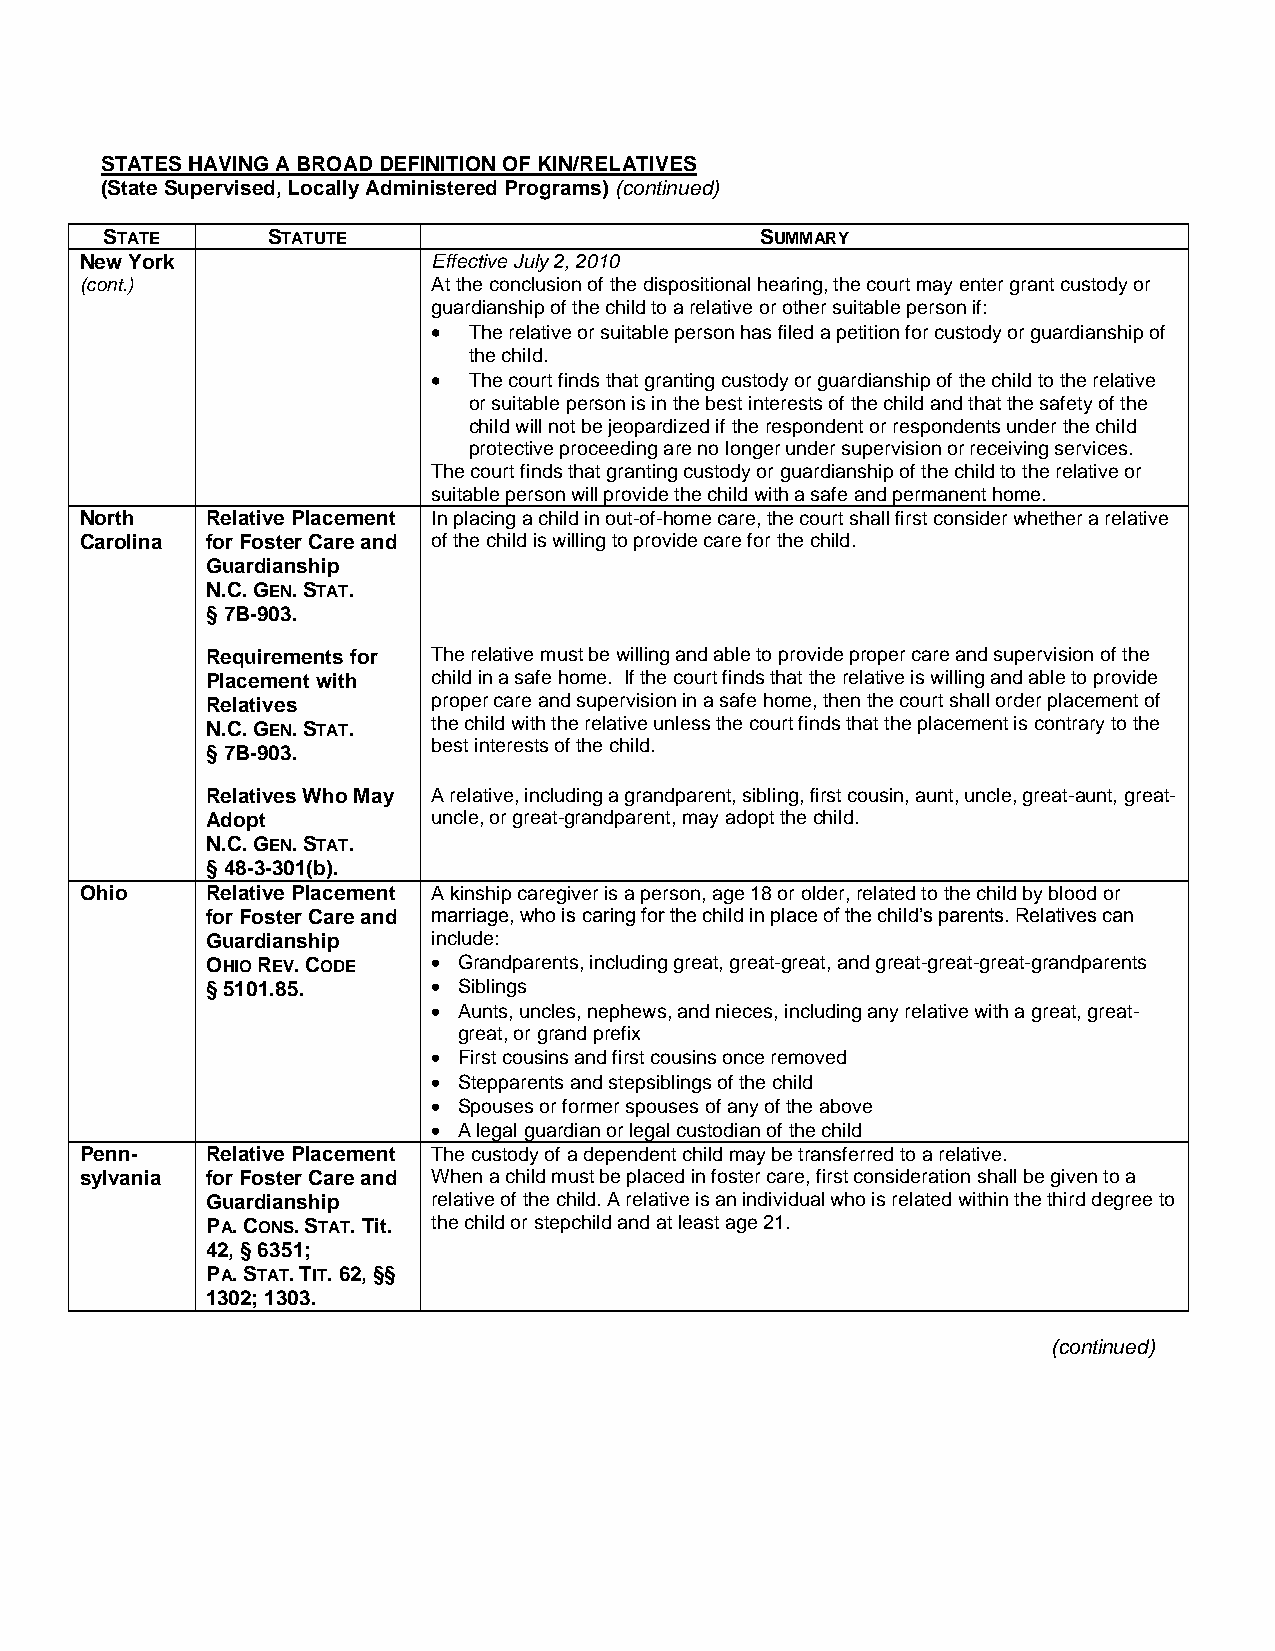
STATES HAVING A BROAD DEFINITION OF KIN/RELATIVES
 (State Supervised, Locally Administered Programs) (continued)
 STATE      STATUTE                         SUMMARY
 New York                Effective July 2, 2010
 (cont.)                 At the conclusion of the dispositional hearing, the court may enter grant custody or
 guardianship of the child to a relative or other suitable person if:
  The relative or suitable person has filed a petition for custody or guardianship of
 the child.
  The court finds that granting custody or guardianship of the child to the relative
 or suitable person is in the best interests of the child and that the safety of the
 child will not be jeopardized if the respondent or respondents under the child
 protective proceeding are no longer under supervision or receiving services.
 The court finds that granting custody or guardianship of the child to the relative or
 suitable person will provide the child with a safe and permanent home.
 North    Relative Placement In placing a child in out-of-home care, the court shall first consider whether a relative
 Carolina for Foster Care and of the child is willing to provide care for the child.
 Guardianship
 N.C. GEN. STAT.
 § 7B-903.
 Requirements for The relative must be willing and able to provide proper care and supervision of the
 Placement with child in a safe home. If the court finds that the relative is willing and able to provide
 Relatives      proper care and supervision in a safe home, then the court shall order placement of
 N.C. GEN. STAT. the child with the relative unless the court finds that the placement is contrary to the
 best interests of the child.
 § 7B-903.
 Relatives Who May A relative, including a grandparent, sibling, first cousin, aunt, uncle, great-aunt, great-
 Adopt          uncle, or great-grandparent, may adopt the child.
 N.C. GEN. STAT.
 § 48-3-301(b).
 Ohio     Relative Placement A kinship caregiver is a person, age 18 or older, related to the child by blood or
 for Foster Care and marriage, who is caring for the child in place of the child’s parents. Relatives can
 Guardianship   include:
 OHIO REV. CODE  Grandparents, including great, great-great, and great-great-great-grandparents
 § 5101.85.      Siblings
  Aunts, uncles, nephews, and nieces, including any relative with a great, great-
 great, or grand prefix
  First cousins and first cousins once removed
  Stepparents and stepsiblings of the child
  Spouses or former spouses of any of the above
  A legal guardian or legal custodian of the child
 Penn-    Relative Placement The custody of a dependent child may be transferred to a relative.
 sylvania for Foster Care and When a child must be placed in foster care, first consideration shall be given to a
 Guardianship   relative of the child. A relative is an individual who is related within the third degree to
 PA. CONS. STAT. Tit. the child or stepchild and at least age 21.
 42, § 6351;
 PA. STAT. TIT. 62, §§
 1302; 1303.
 (continued)